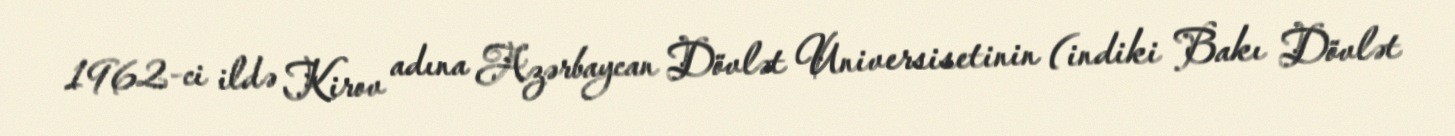
1962-ci ildə Kirov adına Azərbaycan Dövlət Universisetinin (indiki Bakı Dövlət